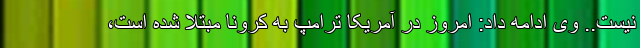
نیست.. وی ادامه داد: امروز در آمریکا ترامپ به کرونا مبتلا شده است،